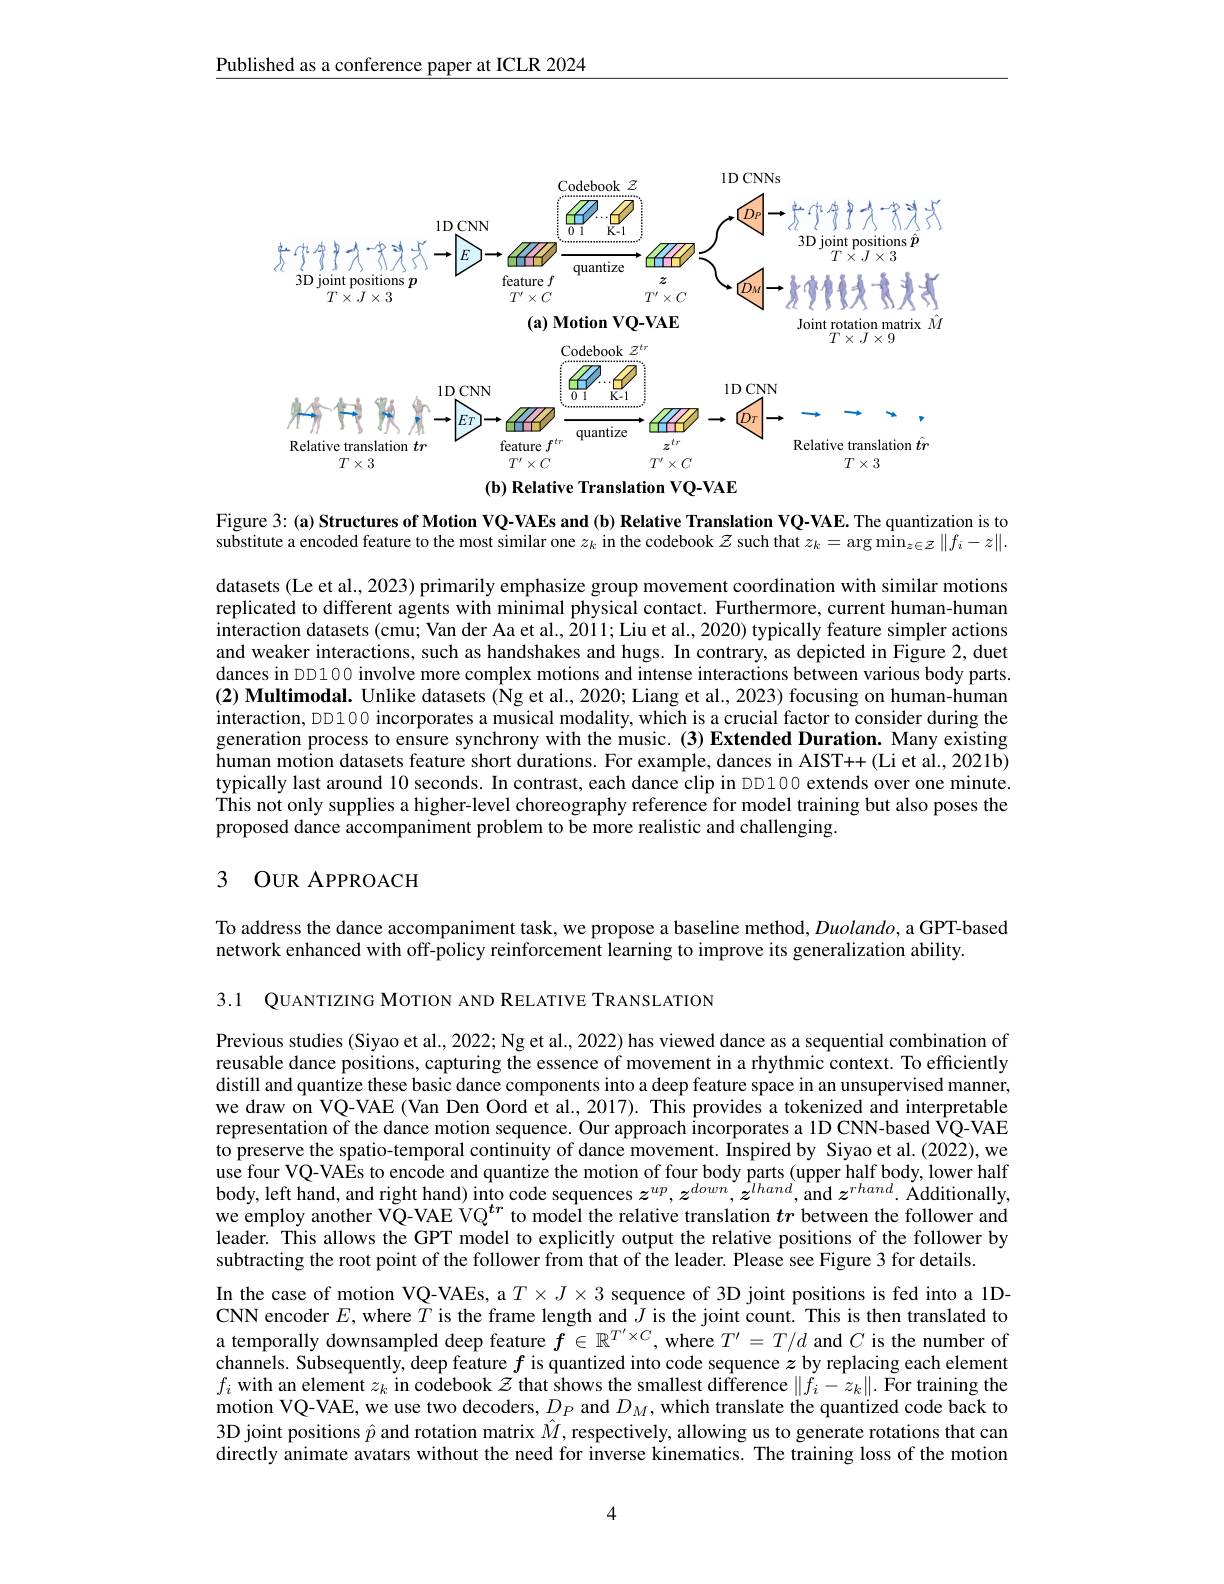
Published as a conference paper at ICLR 2024

<FigureHere>
$(\mathbf{b})$ Relative Translation VQ-VAE

Figure 3: (a) Structures of Motion VQ-VAEs and (b) Relative Translation VQ-VAE. The quantization is to substitute a encoded feature to the most similar one $z_k$ in the codebook $z$ such that $z_k=\arg\min_{z\in Z}\|f_i-z\|.$

datasets (Le et al., 2023) primarily emphasize group movement coordination with similar motions replicated to different agents with minimal physical contact. Furthermore, current human-human interaction datasets (cmu; Van der Aa et al., 2011; Liu et al., 2020) typically feature simpler actions and weaker interactions, such as handshakes and hugs. In contrary, as depicted in Figure 2, duet dances in DD100 involve more complex motions and intense interactions between various body parts. (2) Multimodal. Unlike datasets ($\dot{\text{Ngetal}}.,2020;$ Liang et al., 2023) focusing on human-human interaction, DD100 incorporates a musical modality, which is a crucial factor to consider during the generation process to ensure synchrony with the music.(3) Extended Duration. Many existing human motion datasets feature short durations. For example, dances in AIST++(Li et al., 2021b) typically last around 10 seconds. In contrast, each dance clip in DD100 extends over one minute. This not only supplies a higher-level choreography reference for model training but also poses the proposed dance accompaniment problem to be more realistic and challenging.

## 3 OUR APPROACH

To address the dance accompaniment task, we propose a baseline method, Duolando, a GPT-based
network enhanced with off-policy reinforcement learning to improve its generalization ability.

3.1 QUANTIZING MOTION AND RELATIVE TRANSLATION

Previous studies (Siyao et al., 2022; Ng et al., 2022) has viewed dance as a sequential combination of reusable dance positions, capturing the essence of movement in a rhythmic context. To efficiently distill and quantize these basic dance components into a deep feature space in an unsupervised manner, we draw on VQ-VAE (Van Den Oord et al., 2017). This provides a tokenized and interpretable representation of the dance motion sequence. Our approach incorporates a 1D CNN-based VQ-VAE to preserve the spatio-temporal continuity of dance movement. Inspired by Siyao et al.(2022), we $\hat{\text{use four VQ-VAEs to encode and quantize the motion of four body parts (upper half body, lower half}\\\hat{\text{use four VQ-VAEs to encode and quantize the motion of four body parts (uppper half body, lower half}\\\hat{\text{use four VQ-VAEs to encode and quantize the}}}}$ body, left hand, and right hand) into code sequences $z^up,z^{down},z^{lhand}$,and $z^rhand.$ Additionally, we employ another VQ-VAE VQ$^{tr}$ to model the relative translation $tr$ between the follower and leader. This allows the GPT model to explicitly output the relative positions of the follower by subtracting the root point of the follower from that of the leader. Please see Figure 3 for details.
In the case of motion VQ-VAEs, a $T\times J\times3$ sequence of 3D joint positions is fed into a 1DCNN encoder $E$, where $T$ is the frame length and $J$ is the joint count. This is then translated to a temporally downsampled deep feature $f\in\mathbb{R}^{T^{\prime}\times C}$, where $T^{\prime}=T/d$ and $C$ is the number of channels. Subsequently, deep feature $f$ is quantized into code sequence $z$ by replacing each element $f_i$ with an element $z_k$ in codebook $\mathcal{Z}$ that shows the smallest difference $\|f_i-z_k\|.$ For training the motion VQ-VAE, we use two decoders, $D_P$ and $D_M$, which translate the quantized code back to 3D joint positions $\hat{p}$ and rotation matrix $\hat{M}$, respectively, allowing us to generate rotations that can directly animate avatars without the need for inverse kinematics. The training loss of the motion

4